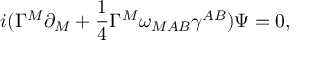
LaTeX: i ( \Gamma ^ { M } \partial _ { M } + { \frac { 1 } { 4 } } \Gamma ^ { M } \omega _ { M A B } \gamma ^ { A B } ) \Psi = 0 ,